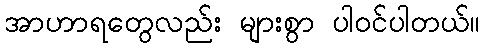
အာဟာရတွေလည်း များစွာ ပါဝင်ပါတယ်။